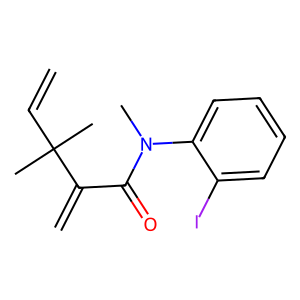
SMILES: C=CC(C)(C)C(=C)C(=O)N(C)c1ccccc1I
Inhibits HIV replication: No